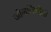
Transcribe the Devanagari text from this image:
जोगतिणीची